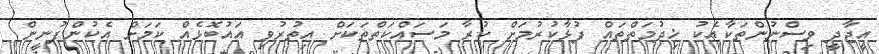
އީޖާދީ ވިސްނުންތަކާއެކު ޚިދުމަތްތައް ފުޅާކުރުމަށް ކުރާ މަސައްކަތްތަކަށް އިތުރުވި އައުބޮޅެއް ކަމަށް އެކުންފުނީން